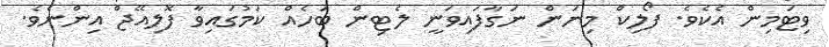
ވިޓަމިން އެކެވެ. ފޯލިކް މިނަން ނަގާފައިވަނީ ލެޓިން ބަހެއް ކަމުގައިވާ ފޮލިއޭޖް އިންނެވެ.